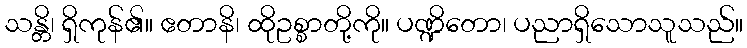
သန္တိ၊ ရှိကုန်၏။ ဧတာနိ၊ ထိုဥစ္စာတို့ကို။ ပဏ္ဍိတော၊ ပညာရှိသောသူသည်။